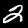
Label: 2